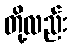
တို့လည်း